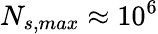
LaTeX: N_{s,max}\approx 10^{6}